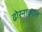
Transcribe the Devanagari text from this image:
ढोरनाकाल